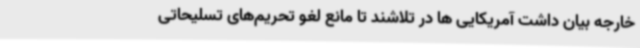
خارجه بیان داشت آمریکایی ها در تلاشند تا مانع لغو تحریم‌های تسلیحاتی